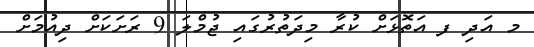
މ އަދި ފ އަތޮޅަށް ކުރާ މިދަތުރުގައި ޖުމްލަ 9 ރަށަކަށް ދިއުމަށް